Vaccine operations Central Provinces 1886-1899 - 1886-1899
Year: 1886
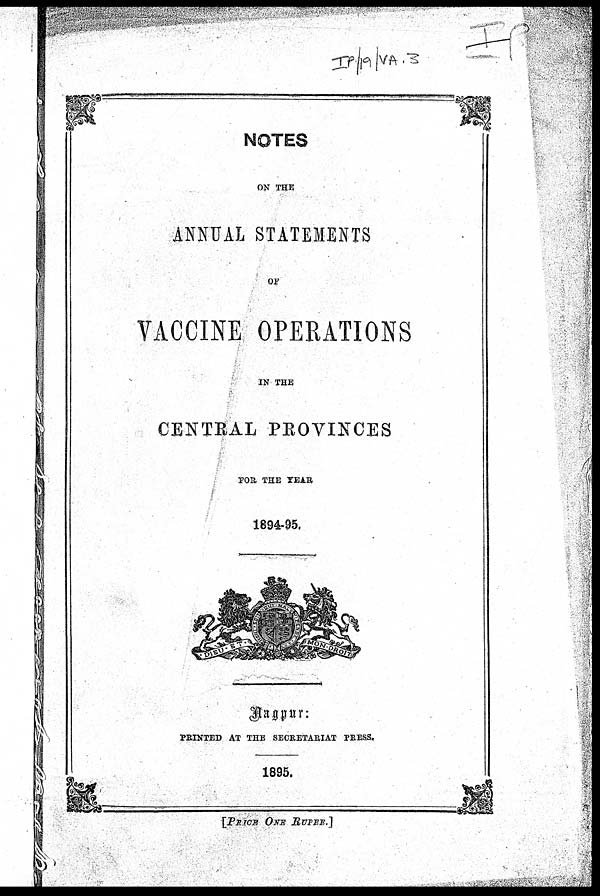
NOTES
ON THE
ANNUAL STATEMENTS
OF
VACCINE OPERATIONS
IN THE
CENTRAL PROVINCES
FOR THE YEAR
1894-95.
Nagpur :
PRINTED AT THE SECRETARIAT PRESS.
1895.
[PRICE ONE RUPEE.]